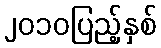
၂၀၁၀ပြည့်နှစ်